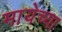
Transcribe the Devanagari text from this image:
मायेच्या